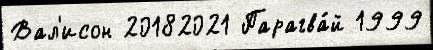
Вал'исон 20182021 Парагва́й 1999